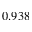
0 . 9 3 8